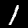
Label: 1